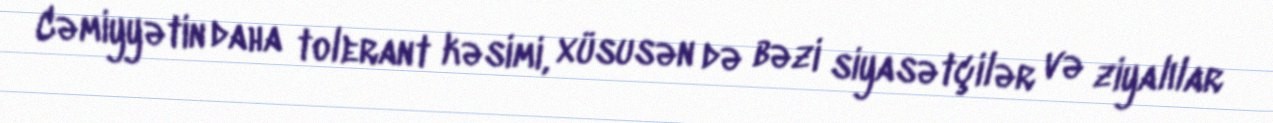
Cəmiyyətin daha tolerant kəsimi, xüsusən də bəzi siyasətçilər və ziyalılar